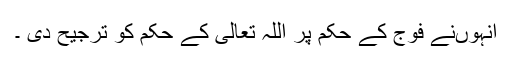
انہوںنے فوج کے حکم پر اللہ تعالیٰ کے حکم کو ترجیح دی ۔